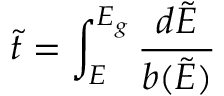
{ \tilde { t } } = \int _ { E } ^ { E _ { g } } \frac { d \tilde { E } } { b ( \tilde { E } ) }